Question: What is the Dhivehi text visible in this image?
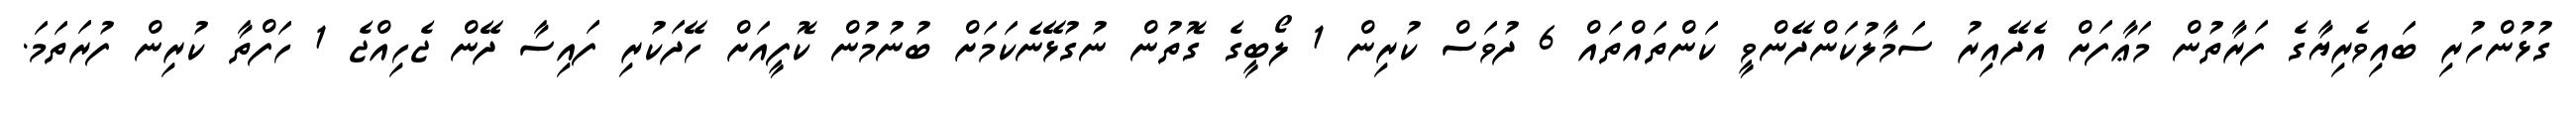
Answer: ގުޅުންހުރި ބައިވެރިޔާގެ ފަރާތުން މަޢާފަށް އެދޭއިރު ސަމާލުކަންދޭންވީ ކަންތައްތައް 6 ދުވަސް ކުރިން 1 ލޯބީގެ ގޮތުން ނުގުޅޭނެކަމަށް ބުނުމުން ކޮފީއަށް ހޭދަކުރި ފައިސާ ދޭން ޖެހިއްޖެ 1 ހަފްތާ ކުރިން ފުރަތަމަ.